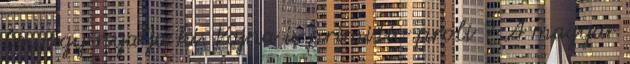
be,vagy nyalja ki. Vajna is primitív proli ? A magyar